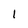
Character: 1